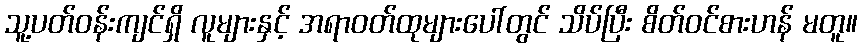
သူ့ပတ်ဝန်းကျင်ရှိ လူများနှင့် အရာဝတ်ထုများပေါ်တွင် သိပ်ပြီး စိတ်ဝင်စားဟန် မတူ။